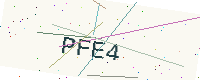
Text: PFE4